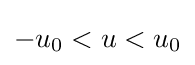
-u_{0}<u<u_{0}